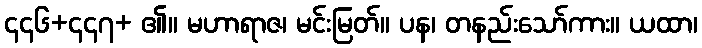
၄၄၆+၄၄၇+ ၏။ မဟာရာဇ၊ မင်းမြတ်။ ပန၊ တနည်းသော်ကား။ ယထာ၊